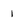
Character: 1